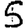
Digit: 5